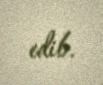
edib.